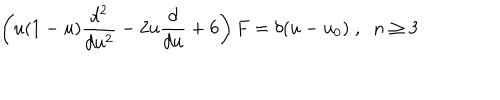
\left( u ( 1 - u ) \frac { d ^ { 2 } } { d u ^ { 2 } } - 2 u \frac { d } { d u } + 6 \right) F = \delta ( u - u _ { 0 } ) \; , \; \; n \geq 3